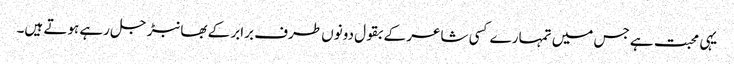
یہی محبت ہے جس میں تمہارے کسی شاعر کے بقول دونوں طرف برابر کے بھانبڑ جل رہے ہوتے ہیں۔